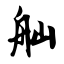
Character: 舢